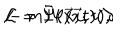
{ \cal L } = \bar { \Psi } ( \vec { x } , t ) ( \partial \hspace { - 0 . 2 5 c m } / \hspace { 0 . 1 7 c m } - m ) \Psi ( \vec { x } , t ) ,